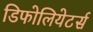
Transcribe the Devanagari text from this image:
डिफोलियेटर्स